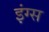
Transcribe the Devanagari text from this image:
इंग्स